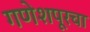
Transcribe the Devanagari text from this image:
गणेशपूरचा